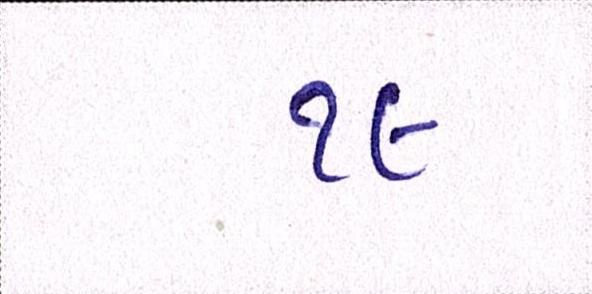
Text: ૧૯